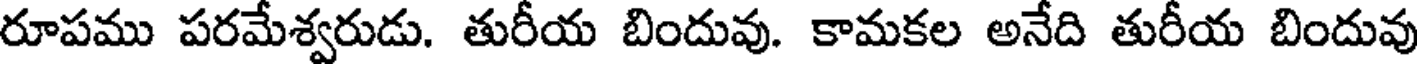
రూపము పరమేశ్వరుడు. తురీయ బిందువు. కామకల అనేది తురీయ బిందువు